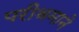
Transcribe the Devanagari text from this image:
परीश्रमाने